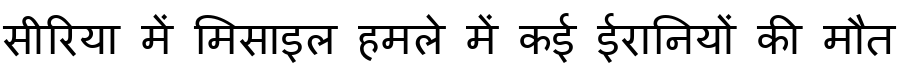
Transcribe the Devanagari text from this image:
सीरिया में मिसाइल हमले में कई ईरानियों की मौत